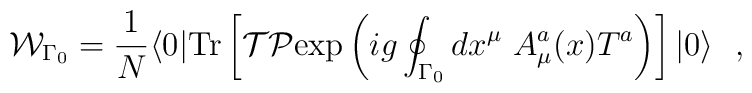
{\cal W}_{\Gamma{_0}}= {1\over N} \langle 0| {\rm Tr}\left[ {\cal T}{\cal P}{\rm exp} \left( ig \oint_{\Gamma{_0}} dx^\mu \ A^a_\mu (x) T^a \right)\right]|0\rangle \ \ ,